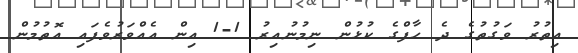
އިތުރު ވަގުތުގެ ދެ ހާފްގެ ކުޅުން ނިމުނުއިރު 1-1 އިން އެއްވަރުވެފައި އޮތުމުން